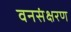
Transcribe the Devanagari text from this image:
वनसंक्षरण